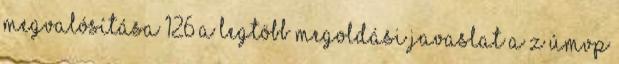
megvalósítása 126 A legtöbb megoldási javaslat a z ÚMVP